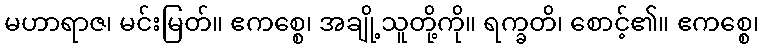
မဟာရာဇ၊ မင်းမြတ်။ ဧကစ္စေ၊ အချို့သူတို့ကို။ ရက္ခတိ၊ စောင့်၏။ ဧကစ္စေ၊